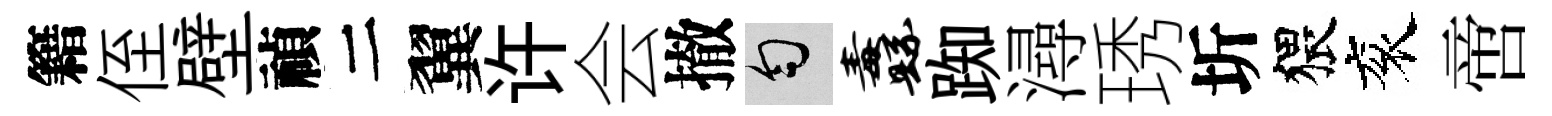
籍侄壁禎二翼许会撤匀纛踟潯琇圻猥衮啻